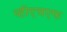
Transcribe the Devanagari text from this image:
व्हीएचएफ